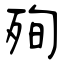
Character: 殉